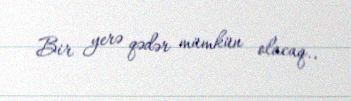
Bir yerə qədər mümkün olacaq..